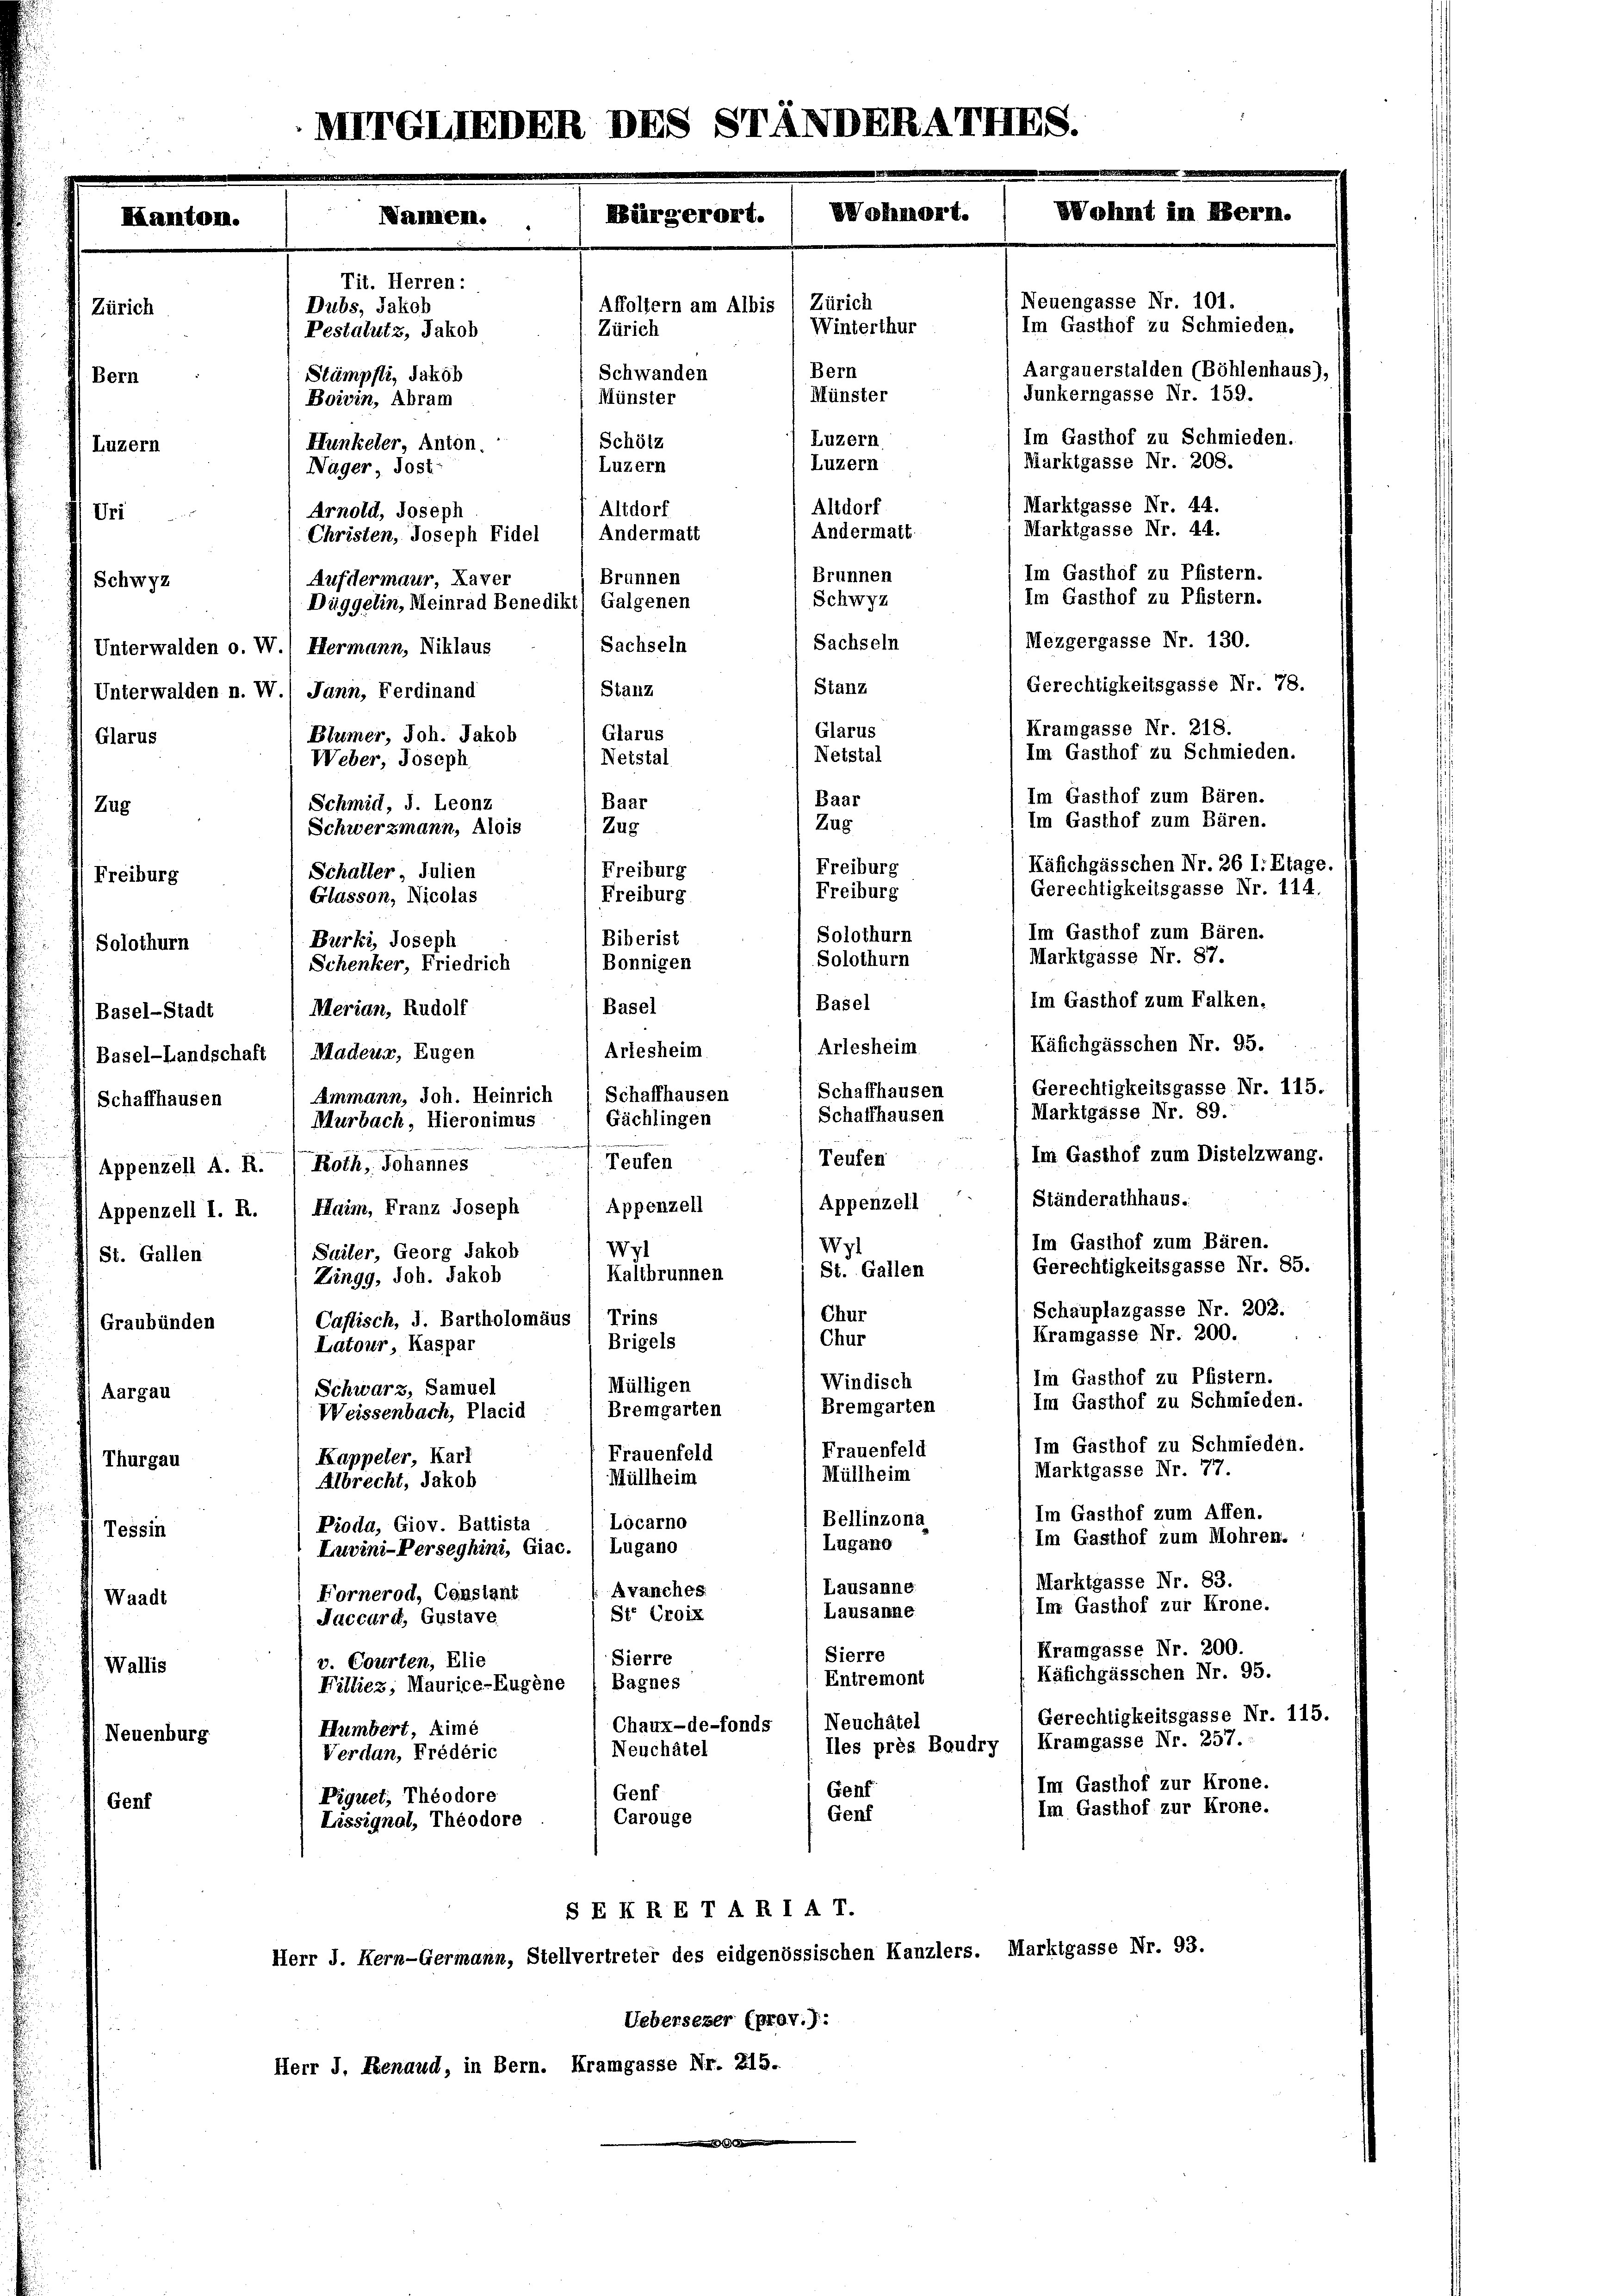
Gerechtigkeitsgasse Nr. 78.
Stanz
Stanz
Unterwalden n. W.1 Jann, Ferdinand
Kramgasse Nr. 218.
Glarus
Glarus
Blümer, Joh. Jakob
Glarus
Im Gasthof zu Schmieden.
Netstal
Netstal
Weber, Joseph
Im Gasthof zum Bären.
Baar
Baar
Schmid, d. Leonz
Im Gasthof zum Bären.
Zug
Schwerzmann, Alois
Zug
Käfichgässchen Nr. 26 l. Etage.
Freiburg
Freiburg
Schalter Julien
Gerechtigkeitsgasse Nr. 114.
Freiburg
Freiburg
Glasson, Nicolas
Im Gasthof zum Bären.
Biberist
Burki, Joseph
Marktgasse Nr. 87.
Bonnigen
Schenker, Friedrich
Im Gasthof zum Falken.
Basel
Merian, Rudolf
Basel-Stadt
Käfichgässchen Nr. 95.
Artesheim
(Basel-Landschaft (Madeur, Eugen
Gerechtigkeitsgasse Nr. 115.
Schaffhausen
Ammann, Joh. Heinrich
Schaffhausen
Marktgasse Nr. 89.
Gächlingen
Murbach, Hieronimus
.
2
Im Gasthof zum Distelzwang.
Teufen
Appenzell A. R. / Roth, Johannes
Ständerathhaus.
Appenzell
Appenzell I. R. / Haim, Franz Joseph
Im Gasthof zum Bären.
Wyl
Sailer, Georg Jakob
St. Gallen
Gerechtigkeitsgasse Nr. 85.
Kaltbrunnen
Zingg, Joh. Jakob
Schauplazgasse Nr. 202.
Chur
Caflisch, J. Bartholomäus (Trins
(Graubünden
Kramgasse Nr. 200.
Chur
Brigels
Latour, Kaspar
Im Gasthof zu Pfistern.
Windisch
Mülligen
Schwarz, Samuel
Aargau
Im Gasthof zu Schmieden.
Bremgarten
Bremgarten
Weissenbach, Placid
Im Gasthof zu Schmieden.
Frauenfeld
Frauenfeld
Kappeler, Karl
Thurgau
Marktgasse Nr. 77.
Müllheim
Müllheim
Albrecht, Jakob
Im Gasthof zum Affen.
Bellinzona
Locarno
Pioda, Giov. Battista
Tessin
Im Gasthof zum Mohren.
Lugano
Luvini-Perseghini, Giac. Lugano
Marktgasse Nr. 83.
Lausanne
Avanches.
Fornerod, Constant
Waadt
Im Gasthof zur Krone.
Lausanne
Ste Croix
Naccard, Gustave
Kramgasse Nr. 200.
Sierre
Sierre
v. Courten, Elie
Wallis
Käfichgässchen Nr. 95.
Entremont
Bagnes
Filliez, Maurice-Eugène
Gerechtigkeitsgasse Nr. 115.
Neuchâtel
Chaux-de-fonds
Humbert, Zime
Neuenburg
Kramgasse Nr. 257.
lles près Boudry
Neuchâtel
Verdan, Fredéric
Im Gasthof zur Krone.
Genf
Genf
Piquet, Theodore
Genf
Im Gasthof zur Krone.
Genf
Carouge
Lissignal, Theodore
SE KRETARIA T.
Herr J. Hern-Germann, Stellvertreter des eidgenössischen Kanzlers. Marktgasse Nr. 93.
Uebersezer (prov.):
Herr I. Renaud, in Bern. Kramgasse Nr. 215.

MIITGLIEDEN DES STANDERATIIIS.
Wohmt im 18.
Wohnort.
Bürgerort.
ammen.
Kanton.
Tit. Herren:
Neuengasse Nr. 101.
Zürich
Affoltern am Albis
Dubs, Jakob
Im Gasthof zu Schmieden.
Winterthur
Zürich
Pestalutz, Jakob
Aargauerstalden (Böhlenhaus),
Bern
Schwanden
Stämpfli, Jakob
Bern
Junkerngasse Nr. 159.
Münster
Münster
Boivin, Abram
Im Gasthof zu Schmieden.
Luzern
Schötz
Hunkeler, Anton.
Luzern
Marktgasse Nr. 208.
Luzern
Luzern
Nager, Jost:
Marktgasse Nr. 44.
Altdorf
Altdorf
Arnold, Joseph
Uri
Marktgasse Nr. 44.
Andermatt.
Andermatt
Christen, Joseph Fidel
Im Gasthof zu Pfistern.
Brunnen
Brunnen
Aufdermaur, Kaver
Schwyz
Im Gasthof zu Pfistern.
Schwyz
Düggelin, Meinrad Benedikt) Galgenen
Mezgergasse Nr. 130.
Sachseln
Sachseln
Unterwalden o. W.) Hermann, Niklaus

Freiburg
Solothurn

Zug

Zürich

Solothurn
Basel
Arlesheim
Schaffhausen
Schaffhausen
Teufen
Appenzell
Wyl
St. Gallen

Solothurn

Er